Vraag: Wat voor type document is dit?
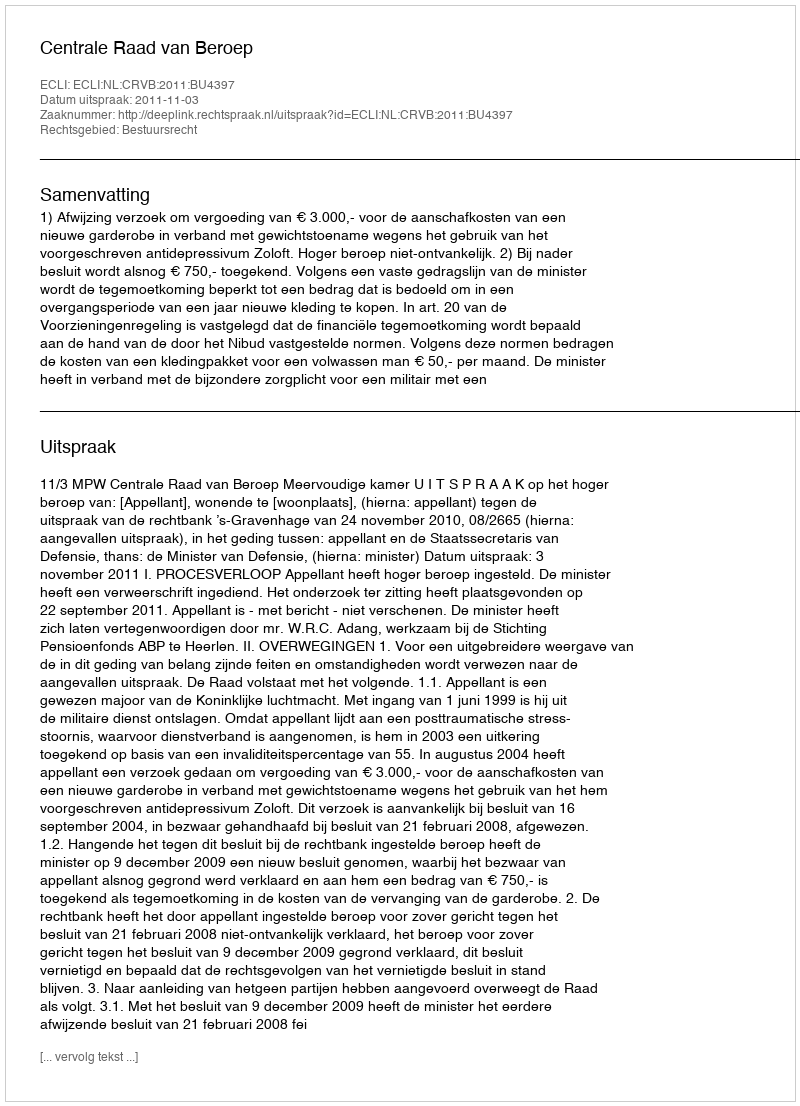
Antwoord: Uitspraak